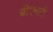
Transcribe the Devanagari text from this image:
बीएमटी